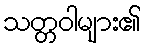
သတ္တဝါများ၏